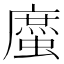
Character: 䗪